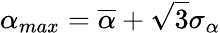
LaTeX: \alpha_{max}=\overline{{\alpha}}+\sqrt{3}\sigma_{\alpha}